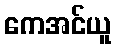
ကေအင်ယူ